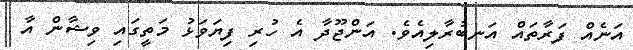
އަނެއް ފަރާތައް އަނބުރާލިއެވެ. އަންޖޫދާ އެ ހުރިި ފިޔަވަޅު މަތީގައި ވިޝާން އާ